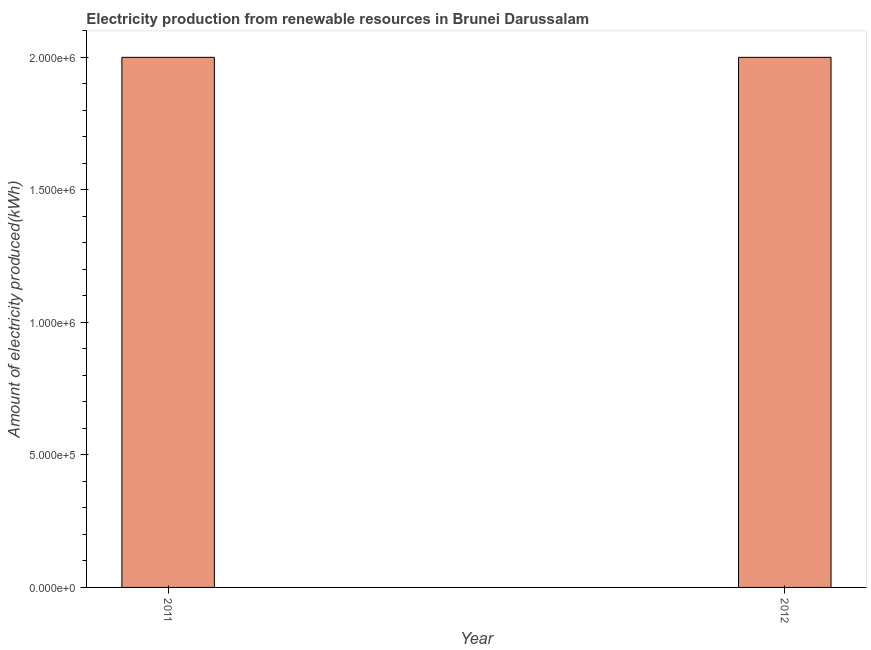
| Year | Electricity production from renewable sources |
 | --- | --- |
 | 2011 | 2e+06 |
 | 2012 | 2e+06 |